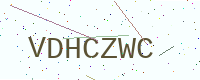
Text: VDHCZWC